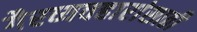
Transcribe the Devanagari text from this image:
गैरव्यवहारांसाठी